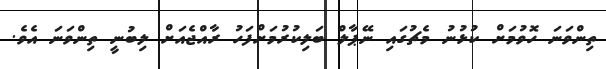
ތިންވަނަ ހޮވުމަށް ކުޅުނު މެޗުގައި ނޭޕާލް ބަލިކުރުމަށްފަހު ރާއްޖެއަށް ލިބުނީ ތިންވަނަ އެވެ.